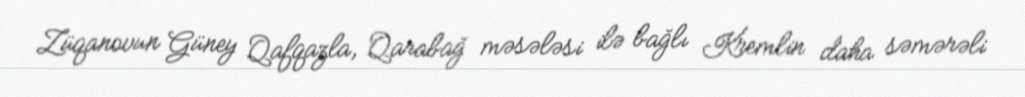
Züqanovun Güney Qafqazla, Qarabağ məsələsi ilə bağlı Kremlin daha səmərəli